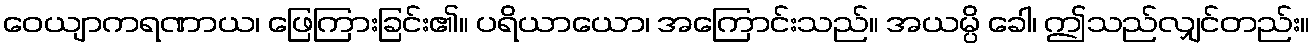
ဝေယျာကရဏာယ၊ ဖြေကြားခြင်း၏။ ပရိယာယော၊ အကြောင်းသည်။ အယမ္ပိ ခေါ၊ ဤသည်လျှင်တည်း။